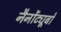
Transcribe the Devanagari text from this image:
नैनोंट्यूबों